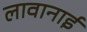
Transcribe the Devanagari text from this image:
लावानाई